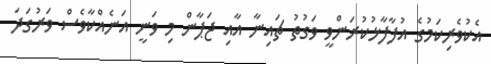
އެކުވެރިކަމުގެ އުފާފާޅުކުރަންވީ ވަގުތު ޗައިނާ އާއި ޖަޕާން މި ވަނީ އަނެއްކާވެސް ވަރުގަދަ